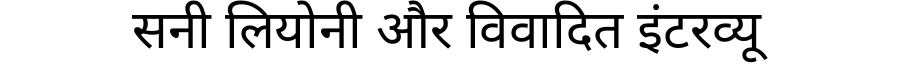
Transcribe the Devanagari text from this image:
सनी लियोनी और विवादित इंटरव्यू